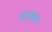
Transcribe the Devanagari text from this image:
पाराशव